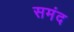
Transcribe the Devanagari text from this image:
समंद